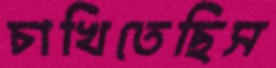
চাখিতেছিস